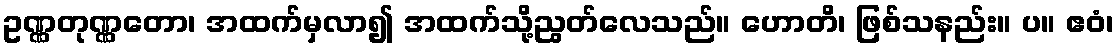
ဥဏ္ဏတုဏ္ဏတော၊ အထက်မှလာ၍ အထက်သို့ညွတ်လေသည်။ ဟောတိ၊ ဖြစ်သနည်း။ ပ။ ဧဝံ၊